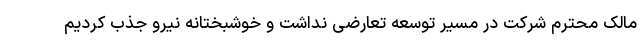
مالک محترم شرکت در مسیر توسعه تعارضی نداشت و خوشبختانه نیرو جذب کردیم